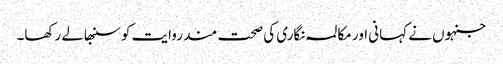
جنہوں نے کہانی اور مکالمہ نگاری کی صحت مند روایت کو سنبھالے رکھا۔